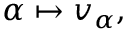
\alpha \mapsto v _ { \alpha } ,